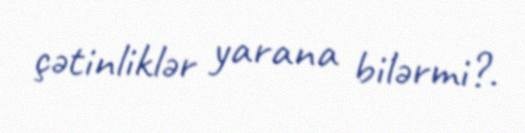
çətinliklər yarana bilərmi?.